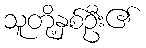
သူတို့နှစ်ဦး၏